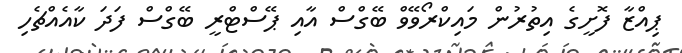
ޕިއްޒާ ފޮށީގެ އިތުރުން މައިކްރޯވޭވް ބޭގްސް އާއި ޕޭސްޓްރީ ބޭގްސް ފަދަ ކާއެއްޗެހި